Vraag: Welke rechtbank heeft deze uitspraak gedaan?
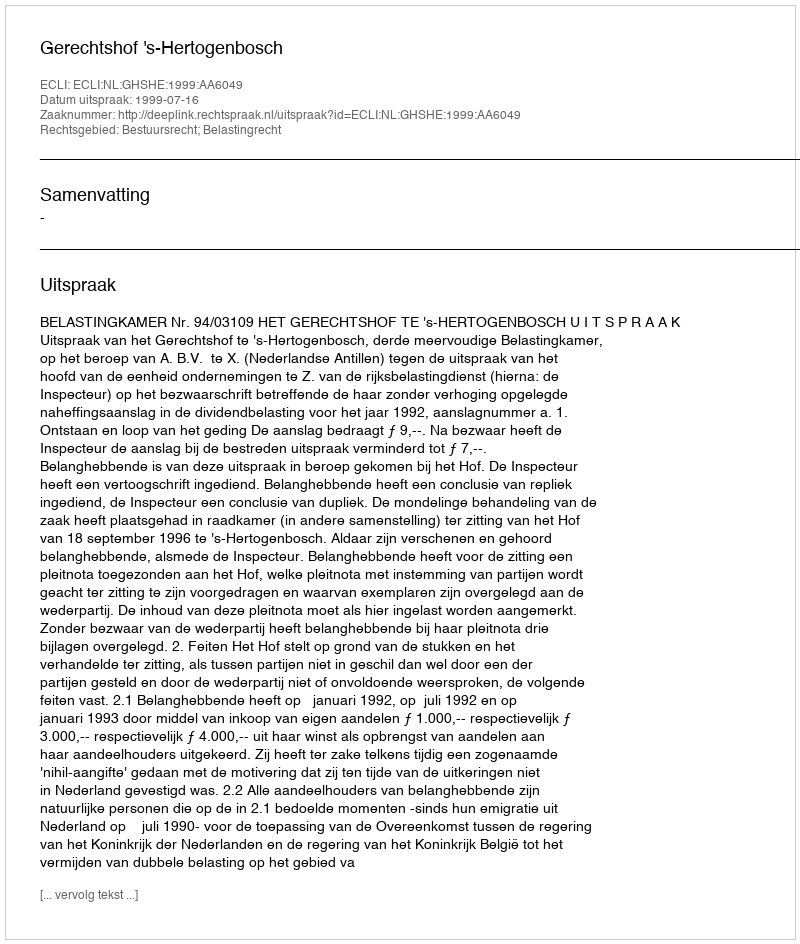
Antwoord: Gerechtshof 's-Hertogenbosch